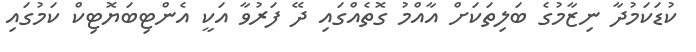
ކުޑަކަމުދާ ނިޒާމުގެ ބަލިތަކަށް އާއްމު ގޮތެއްގައި ދޭ ފަރުވާ އަކީ އެންޓިބަޔޮޓިކް ކަމުގައި